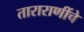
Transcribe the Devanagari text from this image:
ताराराणींचे